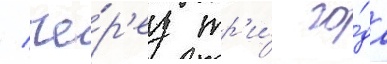
/ че́р'ез тр'и́ го́да